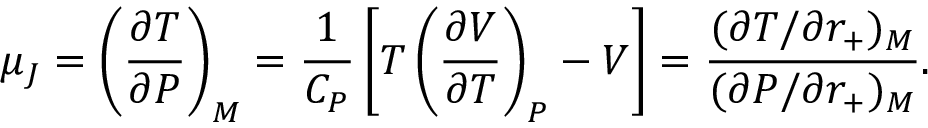
\mu _ { J } = \left( \frac { \partial T } { \partial P } \right) _ { M } = \frac { 1 } { C _ { P } } \left[ T \left( \frac { \partial V } { \partial T } \right) _ { P } - V \right] = \frac { ( \partial T / \partial r _ { + } ) _ { M } } { ( \partial P / \partial r _ { + } ) _ { M } } .